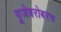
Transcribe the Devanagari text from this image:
पूजेबरोबरच